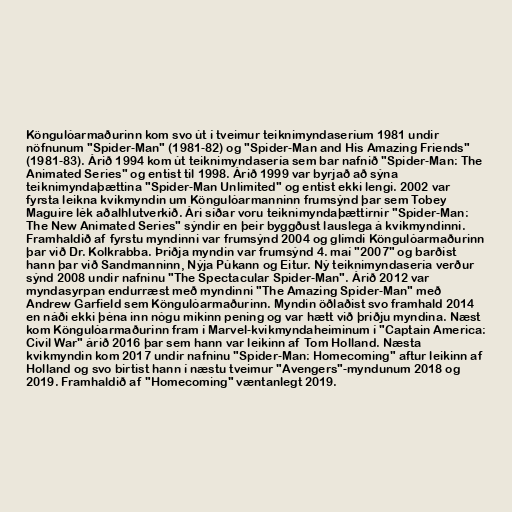
Köngulóarmaðurinn kom svo út í tveimur teiknimyndaseríum 1981 undir
nöfnunum "Spider-Man" (1981-82) og "Spider-Man and His Amazing Friends"
(1981-83). Árið 1994 kom út teiknimyndasería sem bar nafnið "Spider-Man: The
Animated Series" og entist til 1998. Árið 1999 var byrjað að sýna
teiknimyndaþættina "Spider-Man Unlimited" og entist ekki lengi. 2002 var
fyrsta leikna kvikmyndin um Köngulóarmanninn frumsýnd þar sem Tobey
Maguire lék aðalhlutverkið. Ári síðar voru teiknimyndaþættirnir "Spider-Man:
The New Animated Series" sýndir en þeir byggðust lauslega á kvikmyndinni.
Framhaldið af fyrstu myndinni var frumsýnd 2004 og glímdi Köngulóarmaðurinn
þar við Dr. Kolkrabba. Þriðja myndin var frumsýnd 4. maí "2007" og barðist
hann þar við Sandmanninn, Nýja Púkann og Eitur. Ný teiknimyndasería verður
sýnd 2008 undir nafninu "The Spectacular Spider-Man". Árið 2012 var
myndasyrpan endurræst með myndinni "The Amazing Spider-Man" með
Andrew Garfield sem Köngulóarmaðurinn. Myndin öðlaðist svo framhald 2014
en náði ekki þéna inn nógu mikinn pening og var hætt við þriðju myndina. Næst
kom Köngulóarmaðurinn fram í Marvel-kvikmyndaheiminum í "Captain America:
Civil War" árið 2016 þar sem hann var leikinn af Tom Holland. Næsta
kvikmyndin kom 2017 undir nafninu "Spider-Man: Homecoming" aftur leikinn af
Holland og svo birtist hann í næstu tveimur "Avengers"-myndunum 2018 og
2019. Framhaldið af "Homecoming" væntanlegt 2019.